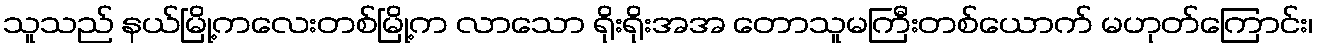
သူသည် နယ်မြို့ကလေးတစ်မြို့က လာသော ရိုးရိုးအအ တောသူမကြီးတစ်ယောက် မဟုတ်ကြောင်း၊